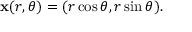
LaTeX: \mathbf { x } ( r , \theta ) = ( r \cos \theta , r \sin \theta ) .